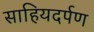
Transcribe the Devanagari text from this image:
साहियदर्पण